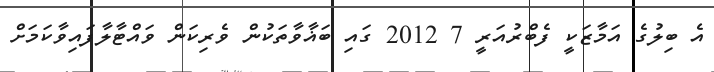
އެ ބިލުގެ އަމާޒަކީ ފެބްރުއަރީ 7 2012 ގައި ބަޣާވާތަކުން ވެރިކަން ވައްޓާލާފައިވާކަމަށް